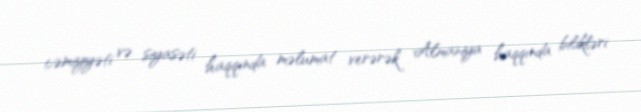
cəmiyyəti və siyasəti haqqında məlumat verərək Almaniya haqqında bilikləri